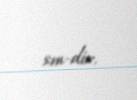
sm-dir.